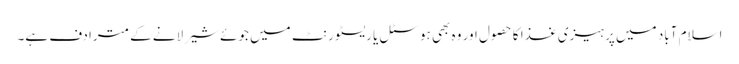
اسلام آباد میں پرہیزی غذا کا حصول اور وہ بھی ہوسٹل یا ریسٹورنٹ میں جوئے شیر لانے کے مترادف ہے۔